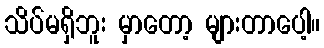
သိပ်မရှိဘူး မှာတော့ များတာပေါ့။